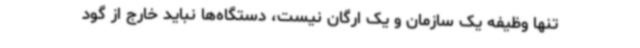
تنها وظیفه یک سازمان و یک ارگان نیست، دستگاه‌ها نباید خارج از گود